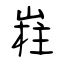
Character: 嵀